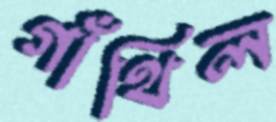
গাঁথিল